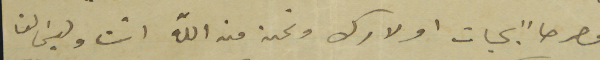
مصرحاً بحيات اولادك ونحن من الله اتت وليسَ لنا